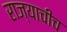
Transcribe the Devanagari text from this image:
राज्याचीच